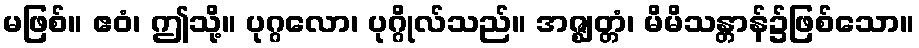
မဖြစ်။ ဧဝံ၊ ဤသို့။ ပုဂ္ဂလော၊ ပုဂ္ဂိုလ်သည်။ အဇ္ဈတ္တံ၊ မိမိသန္တာန်၌ဖြစ်သော။